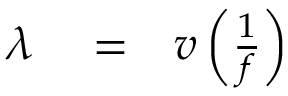
\begin{array} { r l r } { \lambda } & { { } = } & { { v } \left( { \frac { 1 } { \/ f } } \right) } \end{array}